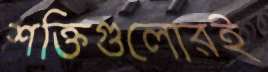
শক্তিগুলোরই